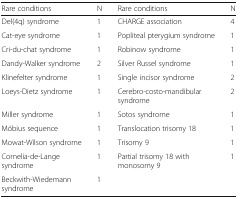
<table><thead><tr><td><b>Rare conditions</b></td><td><b>N</b></td><td><b>Rare conditions</b></td><td><b>N</b></td></tr></thead><tbody><tr><td>Del(4q) syndrome</td><td>1</td><td>CHARGE association</td><td>4</td></tr><tr><td>Cat-eye syndrome</td><td>1</td><td>Popliteal pterygium syndrome</td><td>1</td></tr><tr><td>Cri-du-chat syndrome</td><td>1</td><td>Robinow syndrome</td><td>1</td></tr><tr><td>Dandy-Walker syndrome</td><td>2</td><td>Silver Russel syndrome</td><td>1</td></tr><tr><td>Klinefelter syndrome</td><td>1</td><td>Single incisor syndrome</td><td>2</td></tr><tr><td>Loeys-Dietz syndrome</td><td>1</td><td>Cerebro-costo-mandibular syndrome</td><td>2</td></tr><tr><td>Miller syndrome</td><td>1</td><td>Sotos syndrome</td><td>1</td></tr><tr><td>Möbius sequence</td><td>1</td><td>Translocation trisomy 18</td><td>1</td></tr><tr><td>Mowat-Wilson syndrome</td><td>1</td><td>Trisomy 9</td><td>1</td></tr><tr><td>Cornelia-de-Lange syndrome</td><td>1</td><td>Partial trisomy 18 with monosomy 9</td><td>1</td></tr><tr><td>Beckwith-Wiedemann syndrome</td><td>1</td><td></td><td></td></tr></tbody></table>